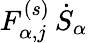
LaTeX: F_{\alpha,j}^{(s)}\, \dot{S}_{\alpha}